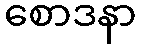
စောဒနာ